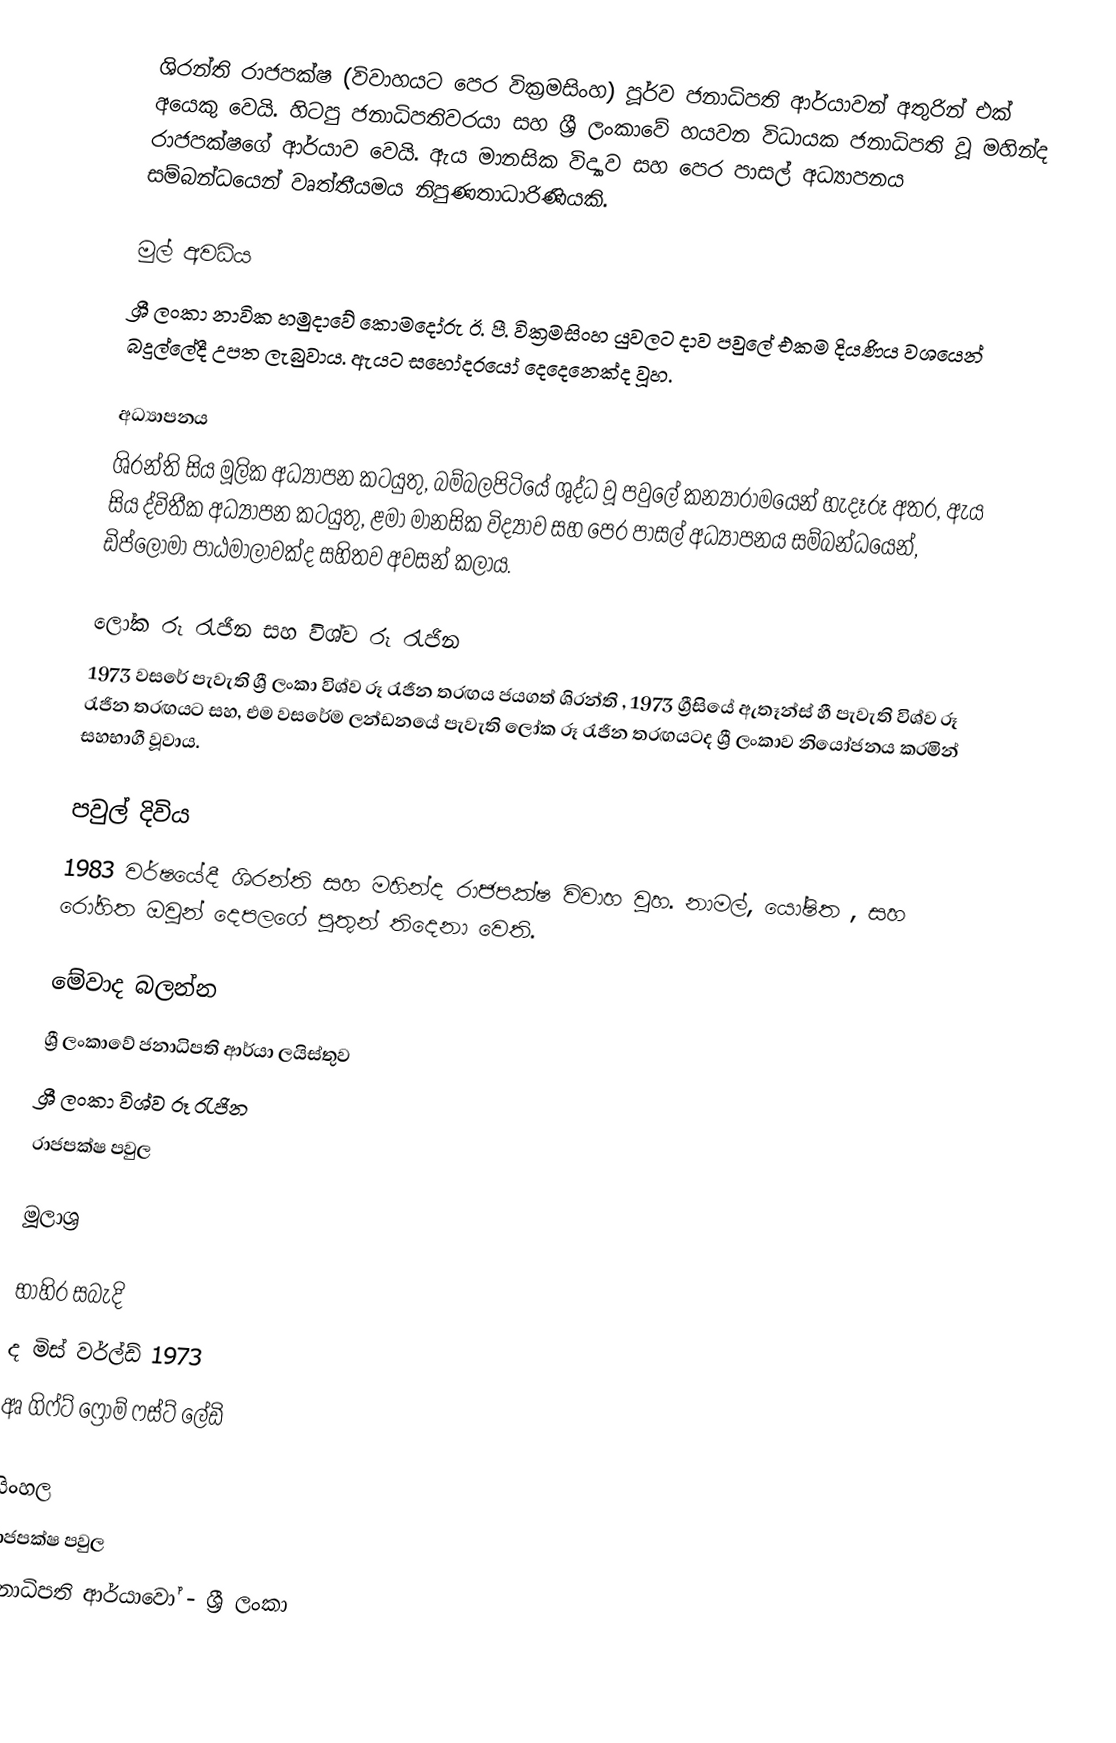
ශිරන්ති රාජපක්ෂ (විවාහයට පෙර වික්‍රමසිංහ)   පූර්ව ජනාධිපති ආර්යාවන් අතුරින් එක් අයෙකු වෙයි. හිටපු ජනාධිපතිවරයා සහ ශ්‍රී ලංකාවේ හයවන විධායක ජනාධිපති වූ මහින්ද රාජපක්ෂගේ ආර්යාව වෙයි. ඇය මානසික විද්‍යාව සහ පෙර පාසල් අධ්‍යාපනය සම්බන්ධයෙන් වෘත්තීයමය නිපුණතාධාරිණියකි.

මුල් අවධිය
ශ්‍රී ලංකා නාවික හමුදාවේ කොමදෝරු ඊ. පී. වික්‍රමසිංහ යුවලට දාව පවුලේ එකම දියණිය වශයෙන් බදුල්ලේදී උපත ලැබුවාය. ඇයට සහෝදරයෝ දෙදෙනෙක්ද වූහ.

අධ්‍යාපනය
ශිරන්ති සිය මූලික අධ්‍යාපන කටයුතු, බම්බලපිටියේ ශුද්ධ වූ පවුලේ කන්‍යාරාමයෙන් හැදෑරූ අතර, ඇය සිය ද්විතීක අධ්‍යාපන කටයුතු, ළමා මානසික විද්‍යාව සහ පෙර පාසල් අධ්‍යාපනය සම්බන්ධයෙන්, ඩිප්ලෝමා පාඨමාලාවක්ද සහිතව අවසන් කලාය.

ලෝක රූ රැජින සහ විශ්ව රූ රැජින
1973 වසරේ පැවැති ශ්‍රී ලංකා විශ්ව රූ රැජින තරඟය ජයගත් ශිරන්ති , 1973 ග්‍රීසියේ ඇතෑන්ස් හී පැවැති විශ්ව රූ රැජින තරඟයට සහ, එම වසරේම ලන්ඩනයේ පැවැති ලෝක රූ රැජින තරඟයටද ශ්‍රී ලංකාව නියෝජනය කරමින් සහභාගී වූවාය.

පවුල් දිවිය
1983 වර්ෂයේදී ශිරන්ති සහ මහින්ද රාජපක්ෂ විවාහ වූහ. නාමල්, යෝෂිත , සහ රෝහිත ඔවුන් දෙපලගේ පුතුන් තිදෙනා වෙති.

මේවාද බලන්න
ශ්‍රී ලංකාවේ ජනාධිපති ආර්යා ලයිස්තුව
 ශ්‍රී ලංකා විශ්ව රූ රැජින
රාජපක්ෂ පවුල

මූලාශ්‍ර

භාහිර සබැදි
ද මිස් වර්ල්ඩ් 1973
අෘ ගිෆ්ට් ෆ්‍රොම් ෆස්ට් ලේඩි

සිංහල
රාජපක්ෂ පවුල
ජනාධිපති ආර්යාවෝ - ශ්‍රී ලංකා